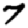
Digit: 7